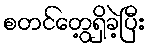
စတင်တွေ့ရှိခဲ့ပြီး